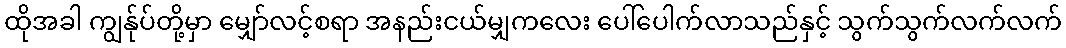
ထိုအခါ ကျွန်ုပ်တို့မှာ မျှော်လင့်စရာ အနည်းငယ်မျှကလေး ပေါ်ပေါက်လာသည်နှင့် သွက်သွက်လက်လက်